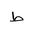
Letter: _da